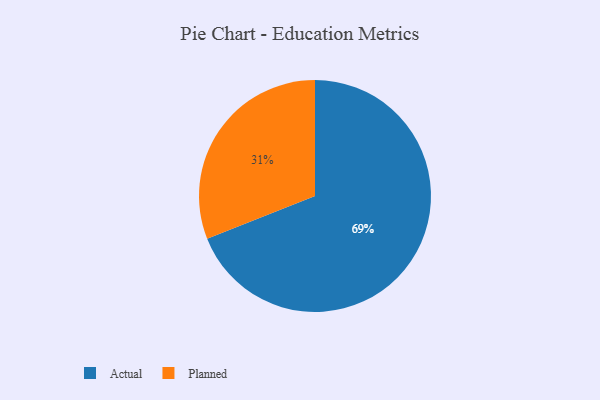
{"axis": {"x": "Category", "y": "Percentage"}, "legend": ["Actual", "Planned"], "data": [{"x": "Planned", "y": 31, "type": "Planned"}, {"x": "Actual", "y": 69, "type": "Actual"}]}